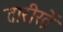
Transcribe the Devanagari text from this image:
तारीख़ें